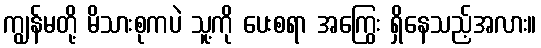
ကျွန်မတို့ မိသားစုကပဲ သူ့ကို ပေးစရာ အကြွေး ရှိနေသည့်အလား။